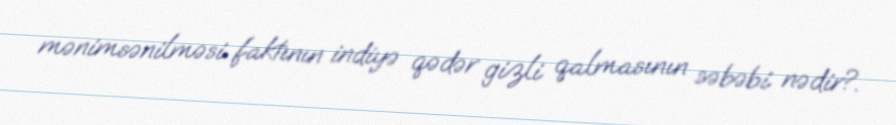
mənimsənilməsi faktının indiyə qədər gizli qalmasının səbəbi nədir?.